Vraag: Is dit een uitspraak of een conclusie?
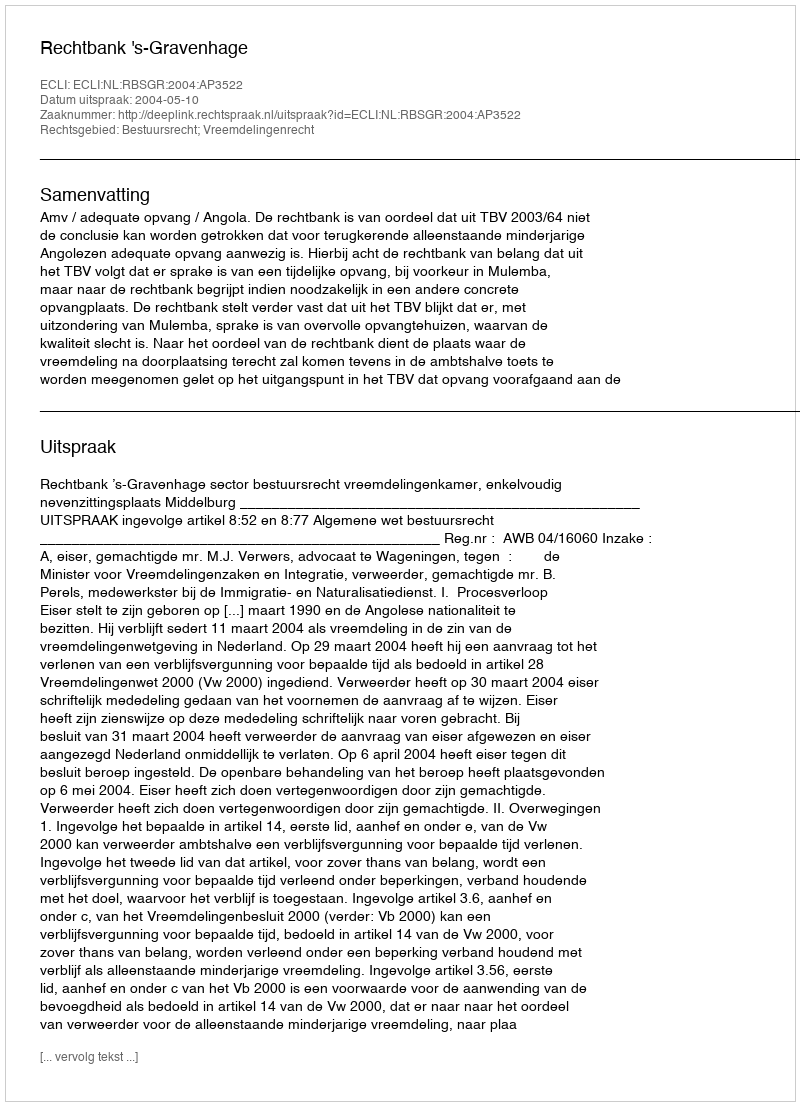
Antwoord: Uitspraak